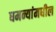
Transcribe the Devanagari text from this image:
धमन्यांमधील